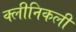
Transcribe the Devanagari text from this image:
क्लीनिकली